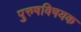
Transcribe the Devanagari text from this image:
पुरुषविषयक